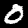
Label: 0